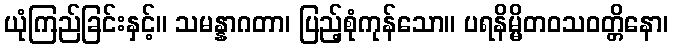
ယုံကြည်ခြင်းနှင့်။ သမန္နာဂတာ၊ ပြည့်စုံကုန်သော။ ပရနိမ္မိတဝသဝတ္တိနော၊